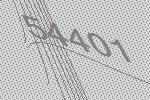
54401